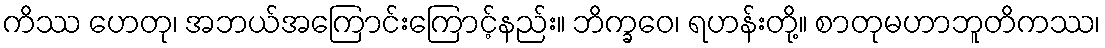
ကိဿ ဟေတု၊ အဘယ်အကြောင်းကြောင့်နည်း။ ဘိက္ခဝေ၊ ရဟန်းတို့။ စာတုမဟာဘူတိကဿ၊